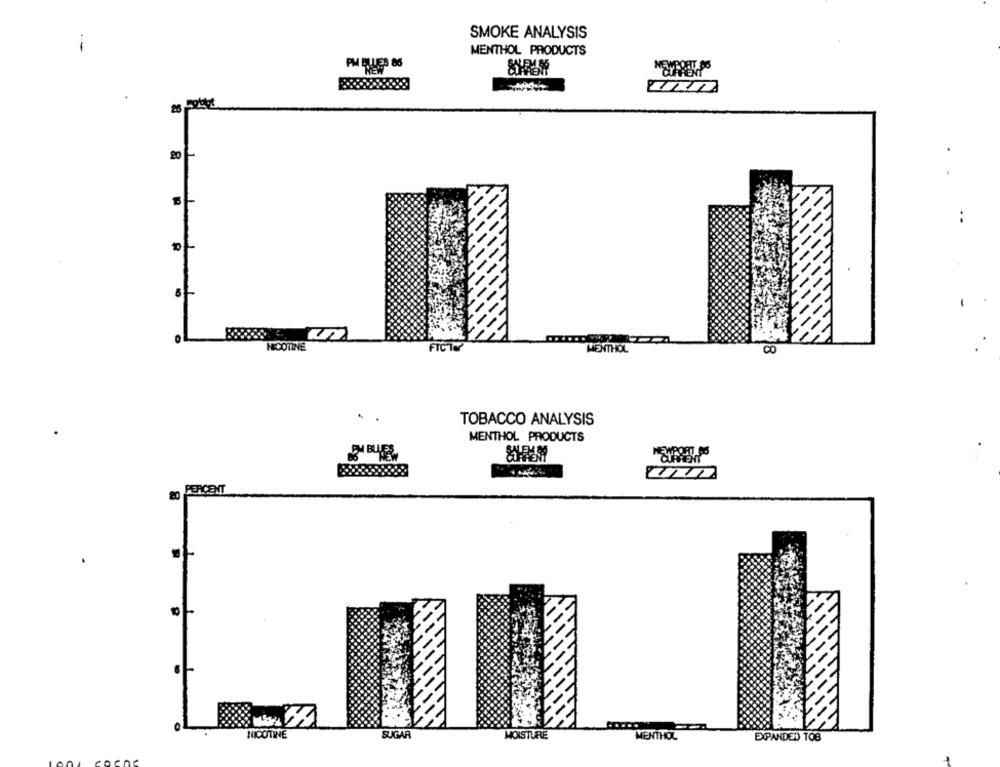
SMOKE ANALYSIS
--
MENTHOL PRODUCTS
PM PUES 86
8
20
FICTY
NICOTINE
MENTHOL
CO
TOBACCO ANALYSIS
MENTHOL PRODUCTS
&0 PERCENT
NICOTINE
SUGAR
MOISTURE
MENTHOL
EXPANDED TOB